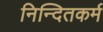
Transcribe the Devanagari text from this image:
निन्दितकर्म